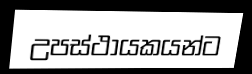
උපස්ථායකයන්ට